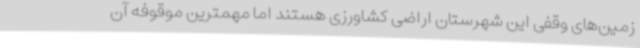
زمین‌های وقفی این شهرستان اراضی کشاورزی هستند اما مهمترین موقوفه آن